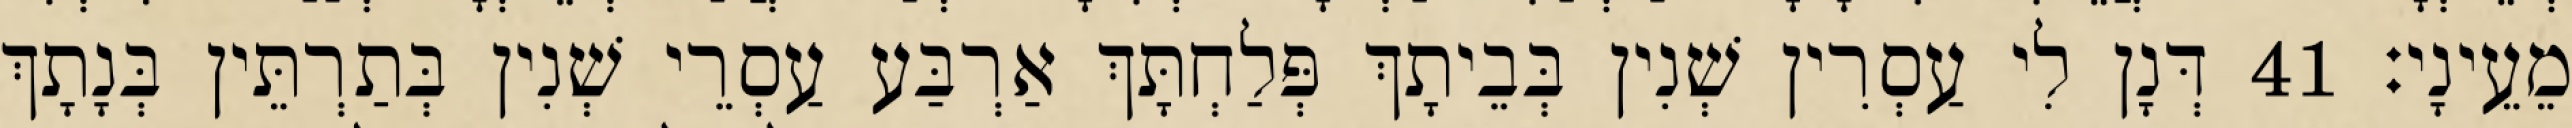
מֵעֵינָי׃ 41 דְּנָן לִי עַסְרִין שְׁנִין בְּבֵיתָךְ פְּלַחְתָּךְ אַרְבַּע עַסְרֵי שְׁנִין בְּתַרְתֵּין בְּנָתָךְ